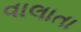
વાલાતા